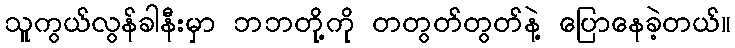
သူကွယ်လွန်ခါနီးမှာ ဘဘတို့ကို တတွတ်တွတ်နဲ့ ပြောနေခဲ့တယ်။